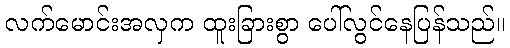
လက်မောင်းအလှက ထူးခြားစွာ ပေါ်လွင်နေပြန်သည်။